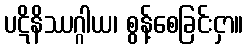
ပဋိနိဿဂ္ဂါယ၊ စွန့်စေခြင်းငှာ။